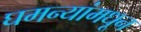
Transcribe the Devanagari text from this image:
घमन्यांमधून